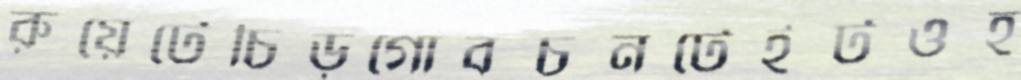
রুয়েটেচিড়গোবচনটেইটওহ